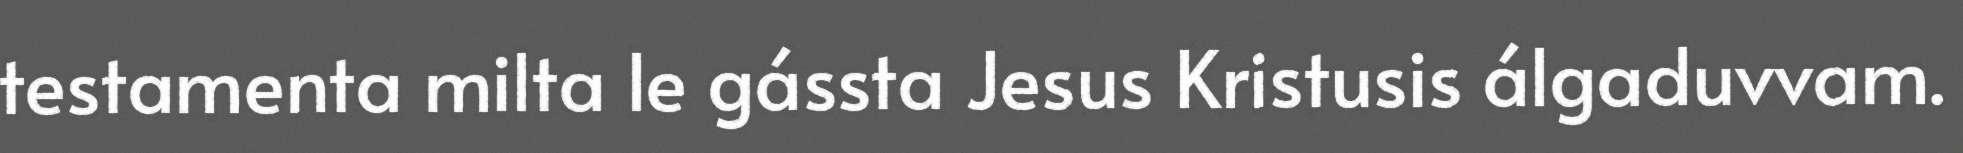
testamenta milta le gássta Jesus Kristusis álgaduvvam.